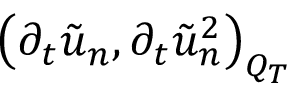
\left( \partial _ { t } \tilde { u } _ { n } , \partial _ { t } \tilde { u } _ { n } ^ { 2 } \right) _ { Q _ { T } }